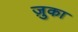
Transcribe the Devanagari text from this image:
ज़ुका